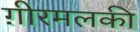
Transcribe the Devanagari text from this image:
ग़ीरमलकी